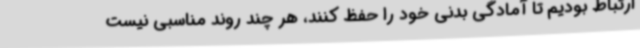
ارتباط بودیم تا آمادگی بدنی خود را حفظ کنند، هر چند روند مناسبی نیست